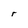
Character: r